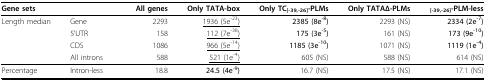
<table><thead><tr><td><b>Gene sets</b></td><td></td><td><b>All genes</b></td><td><b>Only TATA-box</b></td><td><b>Only TC<sub>[-39,-26]</sub>-PLMs</b></td><td><b>Only TATAΔ-PLMs</b></td><td><b><sub>[-39,-26]</sub>-PLM-less</b></td></tr></thead><tbody><tr><td>Length median</td><td>Gene</td><td>2293</td><td><underline>1936 (5e<sup>-23</sup>)</underline></td><td><b>2385 (8e<sup>-8</sup>)</b></td><td>2293 (NS)</td><td><b>2334 (2e<sup>-7</sup>)</b></td></tr><tr><td></td><td>5&#x27;UTR</td><td>158</td><td><underline>112 (7e<sup>-38</sup>)</underline></td><td><b>175 (3e<sup>-5</sup>)</b></td><td>161 (NS)</td><td><b>173 (9e<sup>-10</sup>)</b></td></tr><tr><td></td><td>CDS</td><td>1086</td><td><underline>966 (5e<sup>-14</sup>)</underline></td><td><b>1185 (3e<sup>-10</sup>)</b></td><td>1071 (NS)</td><td><b>1119 (1e<sup>-4</sup>)</b></td></tr><tr><td></td><td>All introns</td><td>588</td><td><underline>521 (1e<sup>-4</sup>)</underline></td><td>605 (NS)</td><td>588 (NS)</td><td>614 (NS)</td></tr><tr><td>Percentage</td><td>Intron-less</td><td>18.8</td><td><b>24.5 (4e<sup>-9</sup>)</b></td><td>16.7 (NS)</td><td>17.5 (NS)</td><td>17.1 (NS)</td></tr></tbody></table>